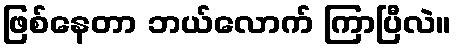
ဖြစ်နေတာ ဘယ်လောက် ကြာပြီလဲ။